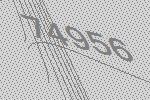
74956